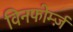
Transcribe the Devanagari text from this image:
विनफोर्म्ज़